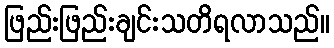
ဖြည်းဖြည်းချင်းသတိရလာသည်။